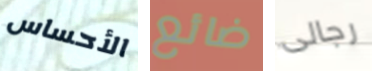
الأحساس ضائع رجالى